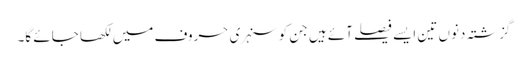
گزشتہ دنوں تین ایسے فیصلے آئے ہیں جن کو سنہری حروف میں لکھا جائے گا۔